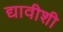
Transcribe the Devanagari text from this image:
द्यावीशी